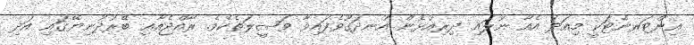
އިންޓަރނެޓަކީ މިއަދު އެއާ ނުލައި ދިރިއުޅެން އުނދަގޫވެފައިވާ ވަޞީލަތެކެވެ. ރާއްޖެއާއި ބޭރުދުނިޔޭގައި އަދި